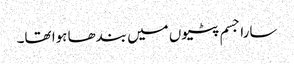
سارا جسم پٹیوں میں بندھا ہوا تھا۔